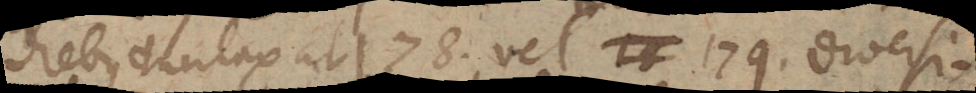
diebus duntaxat ab 178 vel 179. Diversi-